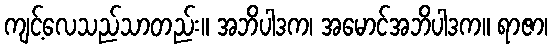
ကျင့်လေသည်သာတည်း။ အဘိပါဒက၊ အမောင်အဘိပါဒက။ ရာဇာ၊